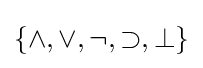
\left\{\land ,\lor ,\neg ,\supset ,\bot \right\}